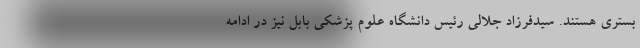
بستری هستند. سیدفرزاد جلالی رئیس دانشگاه علوم پزشکی بابل نیز در ادامه